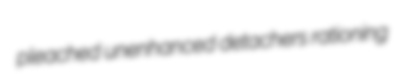
pleached unenhanced detachers rationing